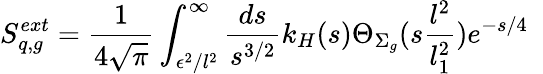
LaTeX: S_{q,g}^{ext}={\frac{1}{4\sqrt{\pi}}}\int_{\epsilon^{2}/l^{2}}^{\infty}{\frac{ds}{s^{3/2}}}k_{H}(s)\Theta_{\Sigma_{g}}(s{\frac{l^{2}}{l_{1}^{2}}})e^{-{s/4}}~~